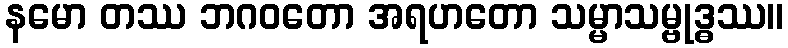
နမော တဿ ဘဂဝတော အရဟတော သမ္မာသမ္ဗုဒ္ဓဿ။